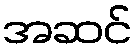
အဆင်